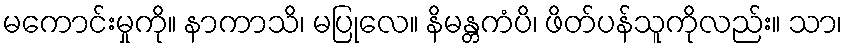
မကောင်းမှုကို။ နာကာသိ၊ မပြုလေ။ နိမန္တကံပိ၊ ဖိတ်ပန်သူကိုလည်း။ သာ၊